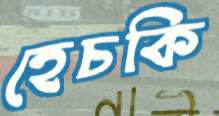
হেচকি